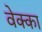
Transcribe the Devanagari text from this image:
वेक्का